Reports on dispensaries and lunatic asylums in the Province of Oudh - 1869-1876
Year: 1869
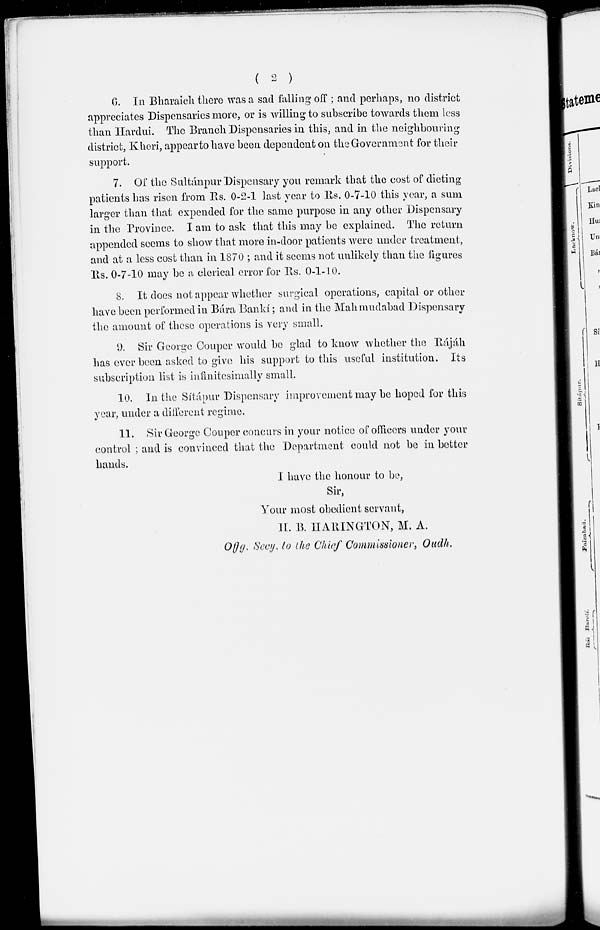
( 2 )
6. In Bharaich there was a sad falling off ; and perhaps, no district
appreciates Dispensaries more, or is willing to subscribe towards them less
than Hardui. The Branch Dispensaries in this, and in the neighbouring
district, Kheri, appear to have been dependent on the Government for their
support.
7. Of the Sultánpur Dispensary you remark that the cost of dieting
patients has risen from Rs. 0-2-1 last year to Rs. 0-7-10 this year, a sum
larger than that expended for the same purpose in any other Dispensary
in the Province. I am to ask that this may be explained. The return
appended seems to show that more in-door patients were under treatment,
and at a less cost than in 1870 ; and it seems not unlikely than the figures
Rs. 0-7-10 may be a clerical error for Rs. 0-1-10.
8. It does not appear whether surgical operations, capital or other
have been performed in Bára Bankí; and in the Mahmudabad Dispensary
the amount of these operations is very small.
9. Sir George Couper would be glad to know whether the Rájáh
has ever been asked to give his support to this useful institution. Its
subscription list is infinitesimally small.
10. In the Sítápur Dispensary improvement may be hoped for this
year, under a different regime.
11. Sir George Couper concurs in your notice of officers under your
control; and is convinced that the Department could not be in better
hands.
I have the honour to be,
Sir,
Your most obedient servant,
H. B. HARINGTON, M. A.
Offg. Secy. to the Chief Commissioner, Oudh.